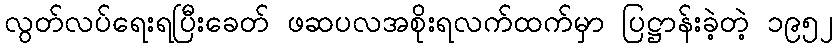
လွတ်လပ်ရေးရပြီးခေတ် ဖဆပလအစိုးရလက်ထက်မှာ ပြဋ္ဌာန်းခဲ့တဲ့ ၁၉၅၂